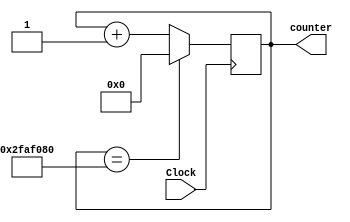
module counter(Clock, counter);
//50MHz frequency
input Clock;

//2^(26) = 67,108,864
//need enough space to count to 50_000_000 clock cycles so counter will be 26 bits
output reg [25:0] counter;

always@(posedge Clock) begin
	if(counter == 50_000_000)
		counter = 0;
	else
		counter = counter + 1;
end

endmodule